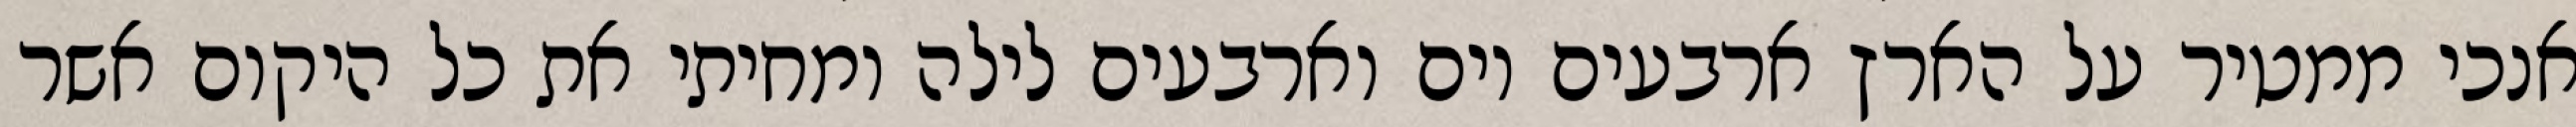
אנכי ממטיר על הארץ ארבעים יום וארבעים לילה ומחיתי את כל היקום אשר